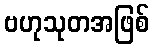
ဗဟုသုတအဖြစ်